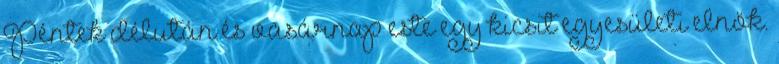
Péntek délután és vasárnap este egy kicsit egyesületi elnök.